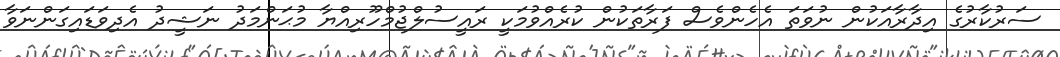
ސަރުކާރުގެ އިދާރާއަކުން ނުވަތަ އެހެންވެސް ފަރާތަކުން ކުރެއްވުމަކީ ރައީސުލްޖުމްހޫރިއްޔާ މުޙަންމަދު ނަޝީދު އެދިވަޑައިގަންނަވާ